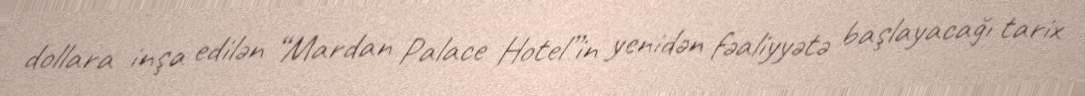
dollara inşa edilən “Mardan Palace Hotel”in yenidən fəaliyyətə başlayacağı tarix